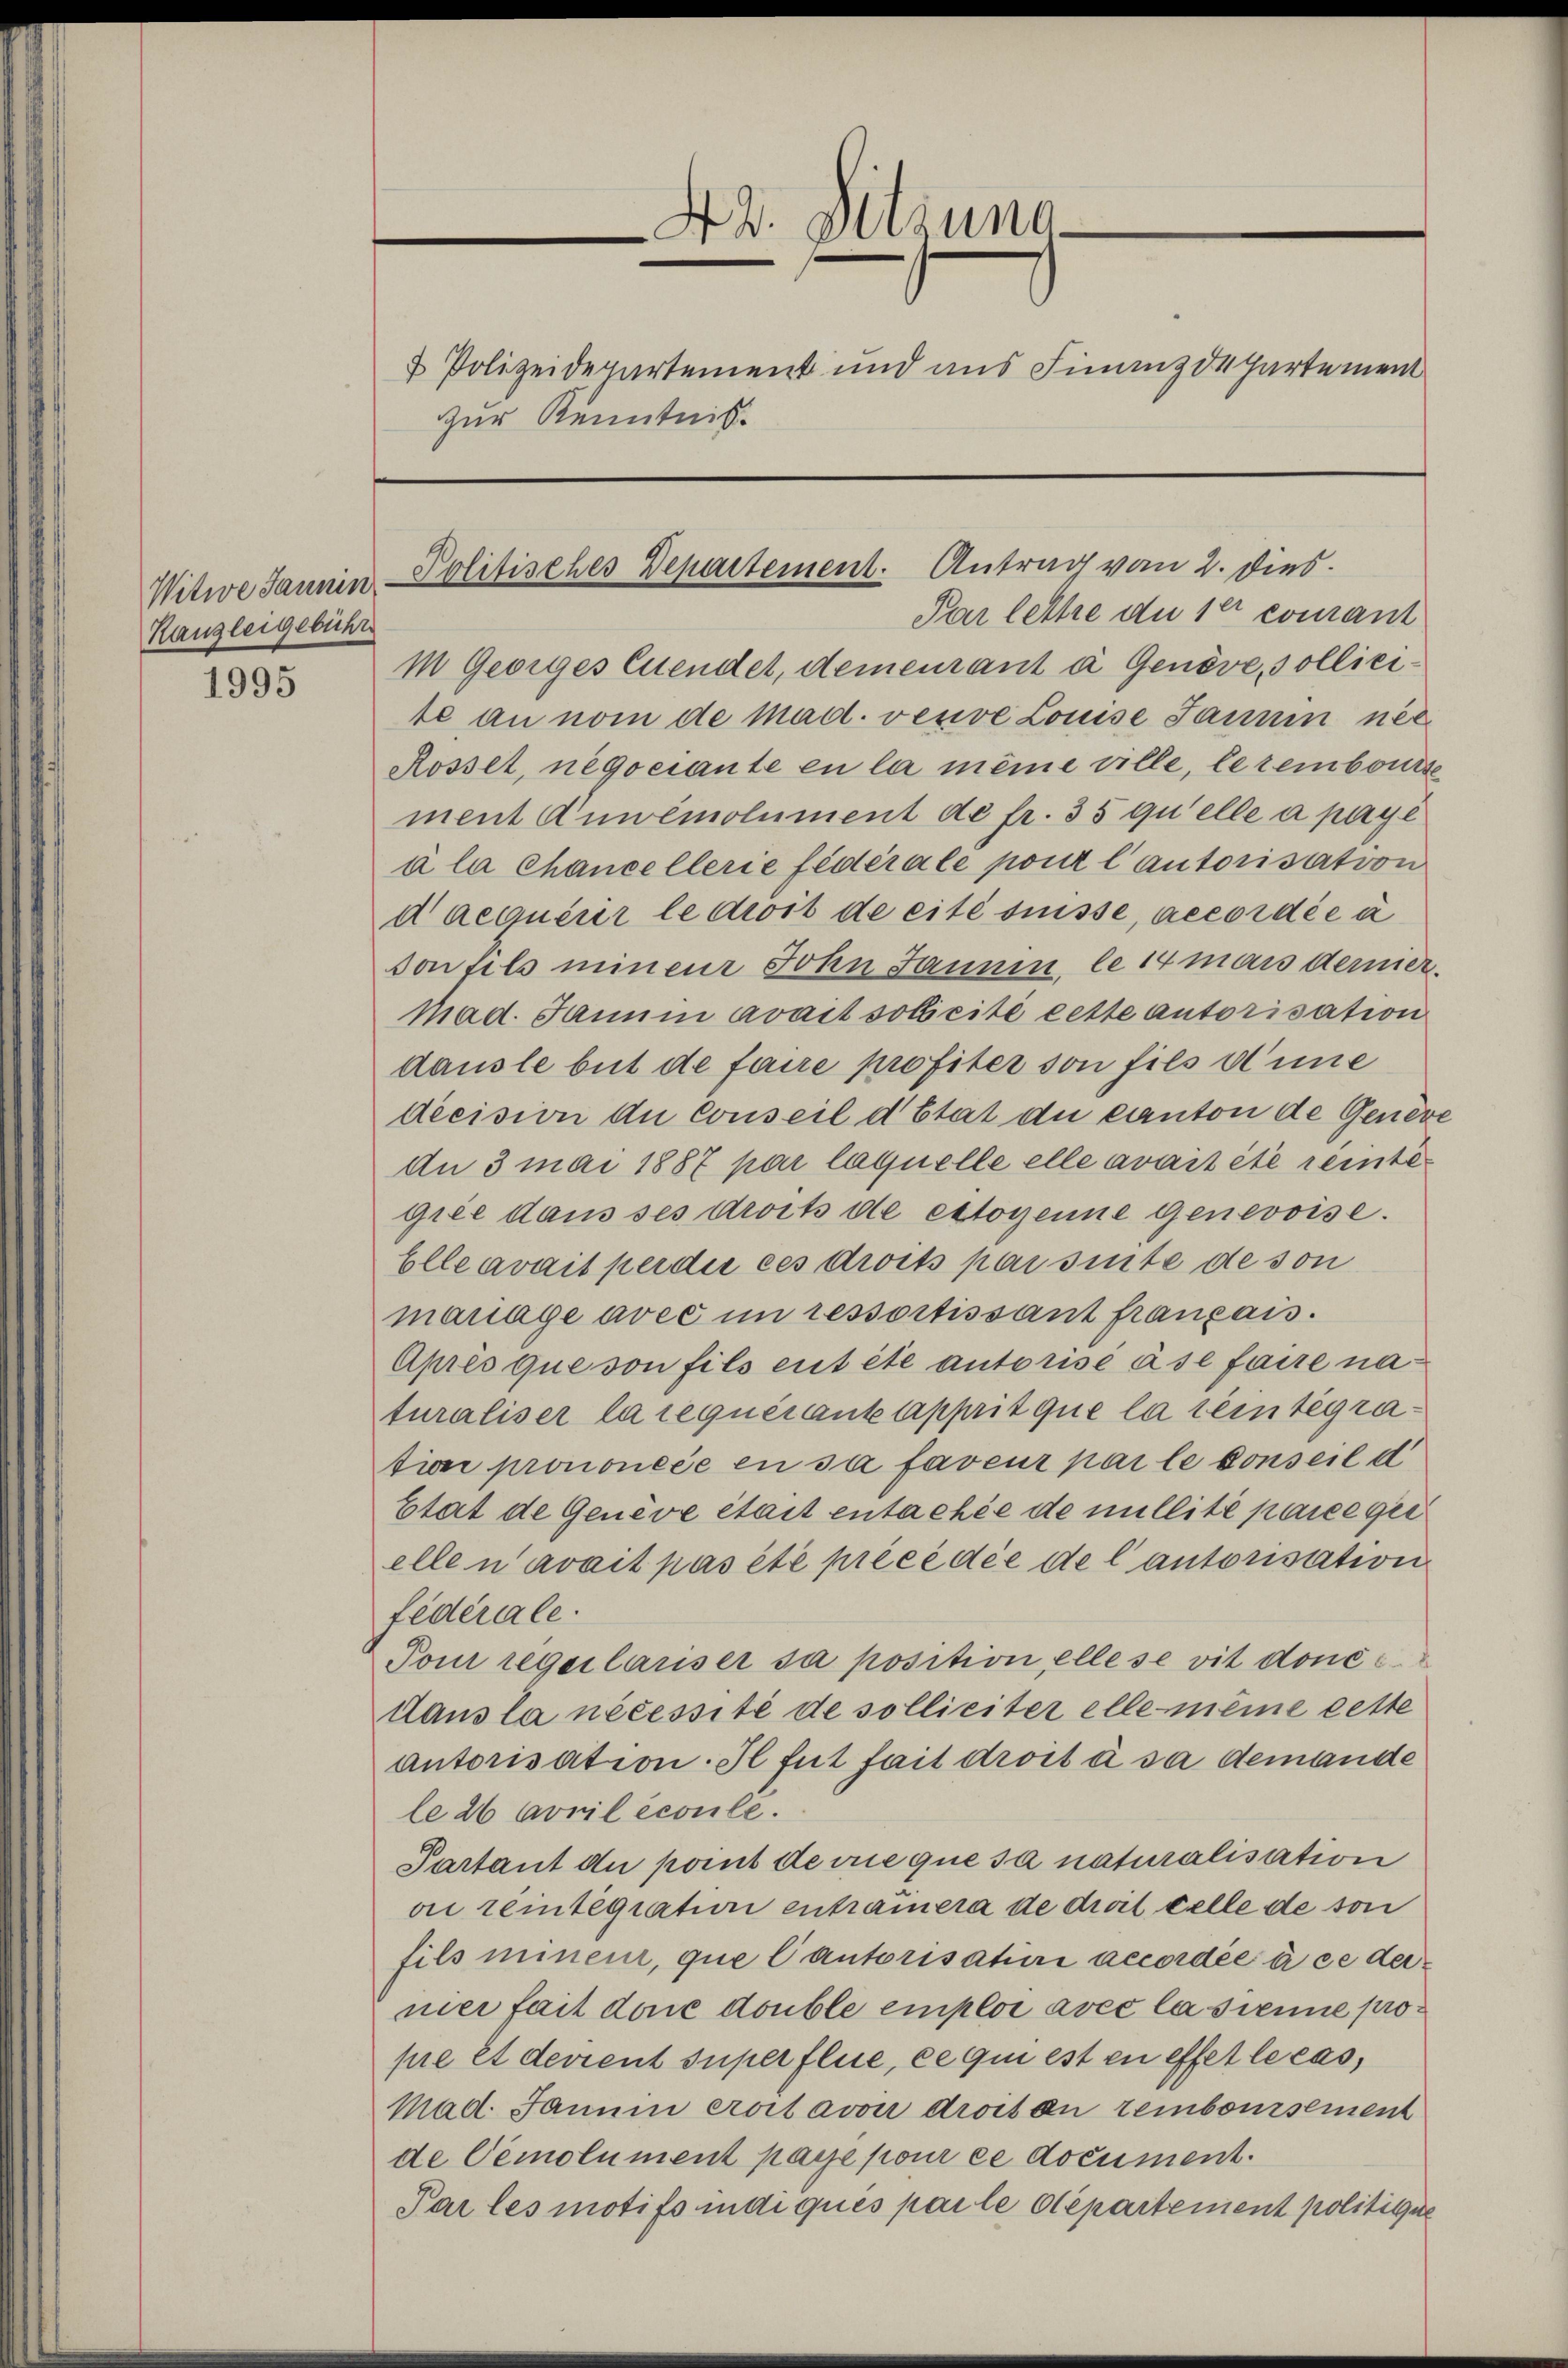
Witwe Jannin
Kanzleigebühre
1995

42. Setzung
—
 Polizeidepartement und aus Finanzdepartement
zur Kenntnis.

Par lettre du 1er courant
mn Georges Cuendet, demeurant à Genove, sollicite an nom de Mad. veuve Louise Jannin nec
Rosset, negociante en la meine ville, le rembourse
ment Anwemolument de fr. 35 qu’elle a paye
a la Chancellerie fédérale pour l’autorisation
daequérir le droit de cité suisse, accordée à
son fils mineur Sohn Jannen, le 14 mais dermer.
Mad. Janui avait soweite cette autorisation
dausle but de faire profiter von fils eine
decision de conseil d’Etat die Canton de Gener
An 3 mai 1887 par laquelle elle avait été reintegiee dans ses droits de estoyenne Genevoise.
Elle avait per die ces droits par sinte de son
mariage avec im ressortissant franzais.
Apres que von fils ent été autorise à se faire naturaliser la requérant apprit que la reintegration prononcée en sa faveur par le conseil d
Etat de Geneve était entachée de millité pare gei
elle n’avait pas été précédée de l’autorisation
fédérale.
Pom regelauser sa position elle se vit donec
dans la nécessité de solliciter elle meine cette
autorisation. Il fut fait droit à sa demande
le 26 April écoule.
Partant du port de ce que sa naturalisation
ai reintegraturi entramera de droit celle de son
fils mineur, que Cantorisatini accordée à ce dermer fait doric double emploi avec la sienne propre et devient super flue, ce qui est en effet le cas,
Mad. Janum eroit avon droit an remboursement
de Cemolument paye pour ce document.
Par les motifs indiqués parle Departement politicie

Politisches Departement. Antrag vom 2. dies